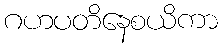
ဂဟပတိနေစယိကာ